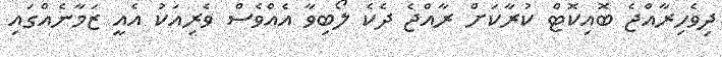
ދިވެހިރާއްޖެ ބޮއިކޮޓް ކުރާކަށް ރާއްޖެ ދެކެ ލޯބިވާ އެއްވެސް ވެރިއަކު އެއީ ޒަމާނެއްގައި